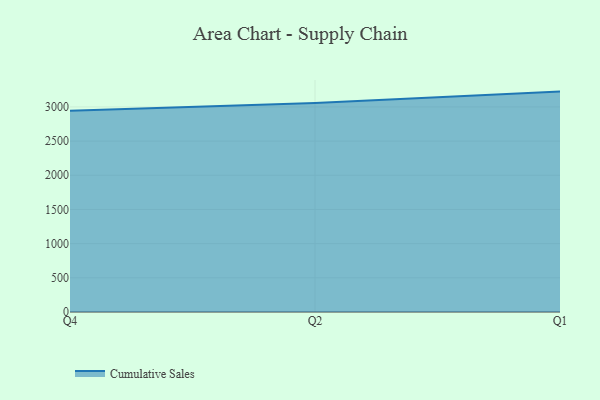
{"axis": {"x": "Quarter", "y": "Conversion Rate (%)"}, "legend": ["Cumulative Sales"], "data": [{"x": "Q4", "y": 2943.1, "type": "Cumulative Sales"}, {"x": "Q2", "y": 3058.0, "type": "Cumulative Sales"}, {"x": "Q1", "y": 3224.2, "type": "Cumulative Sales"}]}